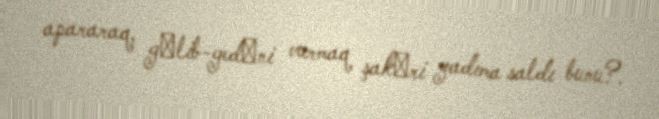
apararaq, gәlib-gedәni vurmaq şakәri yadıma saldı bunu?.